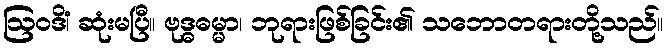
ဩဝဒိံ၊ ဆုံးမပြီ။ ဗုဒ္ဓဓမ္မာ၊ ဘုရားဖြစ်ခြင်း၏ သဘောတရားတို့သည်။